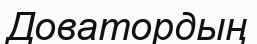
Доватордың